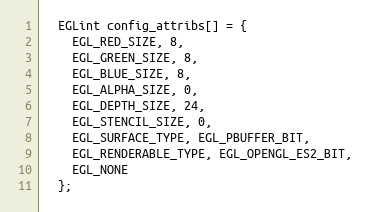
Language: C++
  EGLint config_attribs[] = {
    EGL_RED_SIZE, 8,
    EGL_GREEN_SIZE, 8,
    EGL_BLUE_SIZE, 8,
    EGL_ALPHA_SIZE, 0,
    EGL_DEPTH_SIZE, 24,
    EGL_STENCIL_SIZE, 0,
    EGL_SURFACE_TYPE, EGL_PBUFFER_BIT,
    EGL_RENDERABLE_TYPE, EGL_OPENGL_ES2_BIT,
    EGL_NONE
  };